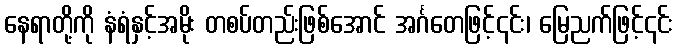
နေရာတို့ကို နံရံနှင့်အမိုး တစပ်တည်းဖြစ်အောင် အင်္ဂတေဖြင့်၎င်း၊ မြေညက်ဖြင့်၎င်း